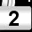
Digit: 2